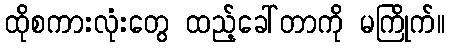
ထိုစကားလုံးတွေ ထည့်ခေါ်တာကို မကြိုက်။